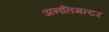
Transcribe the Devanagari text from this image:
अनतिमत्टर